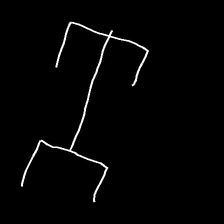
Glyph: entwine